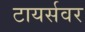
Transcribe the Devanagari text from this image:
टायर्सवर